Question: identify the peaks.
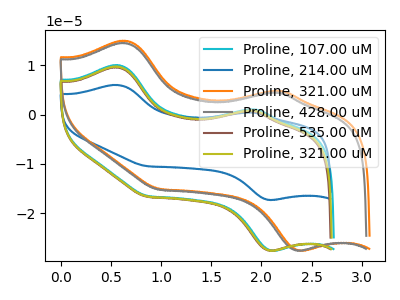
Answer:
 <answer>The cyan curve "Proline, 107.00 uM" has anodic peaks at (0.55V, 10.10uA) (1.95V, 1.10uA) and cathodic peaks at (2.10V, -27.60uA) (0.85V, -16.50uA). The blue curve "Proline, 214.00 uM" has anodic peaks at (0.55V, 6.05uA) (1.90V, 0.45uA) and cathodic peaks at (2.10V, -17.30uA) (0.85V, -10.45uA). The orange curve "Proline, 321.00 uM" has anodic peaks at (0.65V, 15.00uA) (2.20V, 4.85uA) and cathodic peaks at (2.40V, -27.55uA) (1.00V, -15.05uA). The gray curve "Proline, 428.00 uM" has anodic peaks at (0.65V, 14.55uA) (2.15V, 4.50uA) and cathodic peaks at (2.35V, -27.55uA) (0.95V, -15.20uA). The brown curve "Proline, 535.00 uM" has anodic peaks at (0.55V, 9.65uA) (1.90V, 0.75uA) and cathodic peaks at (2.10V, -27.60uA) (0.85V, -16.65uA). The olive curve "Proline, 321.00 uM" has anodic peaks at (0.55V, 9.80uA) (1.90V, 0.85uA) and cathodic peaks at (2.10V, -27.60uA) (0.85V, -16.60uA).</answer>
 <eval></eval>